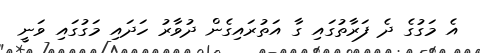
އެ މަގުގެ ދެ ފަރާތުގައި ގާ އަތުރައިގެން ދުވާރު ހަދައި މަގުގައި ވަނީ